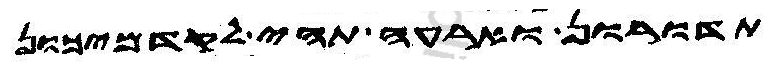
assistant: תדורון וארעה תהי לקדמיכון